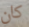
كان